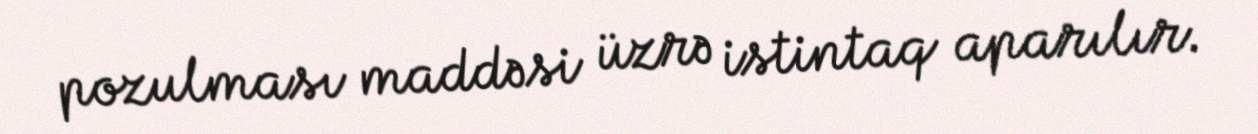
pozulması maddəsi üzrə istintaq aparılır.